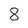
Character: 8